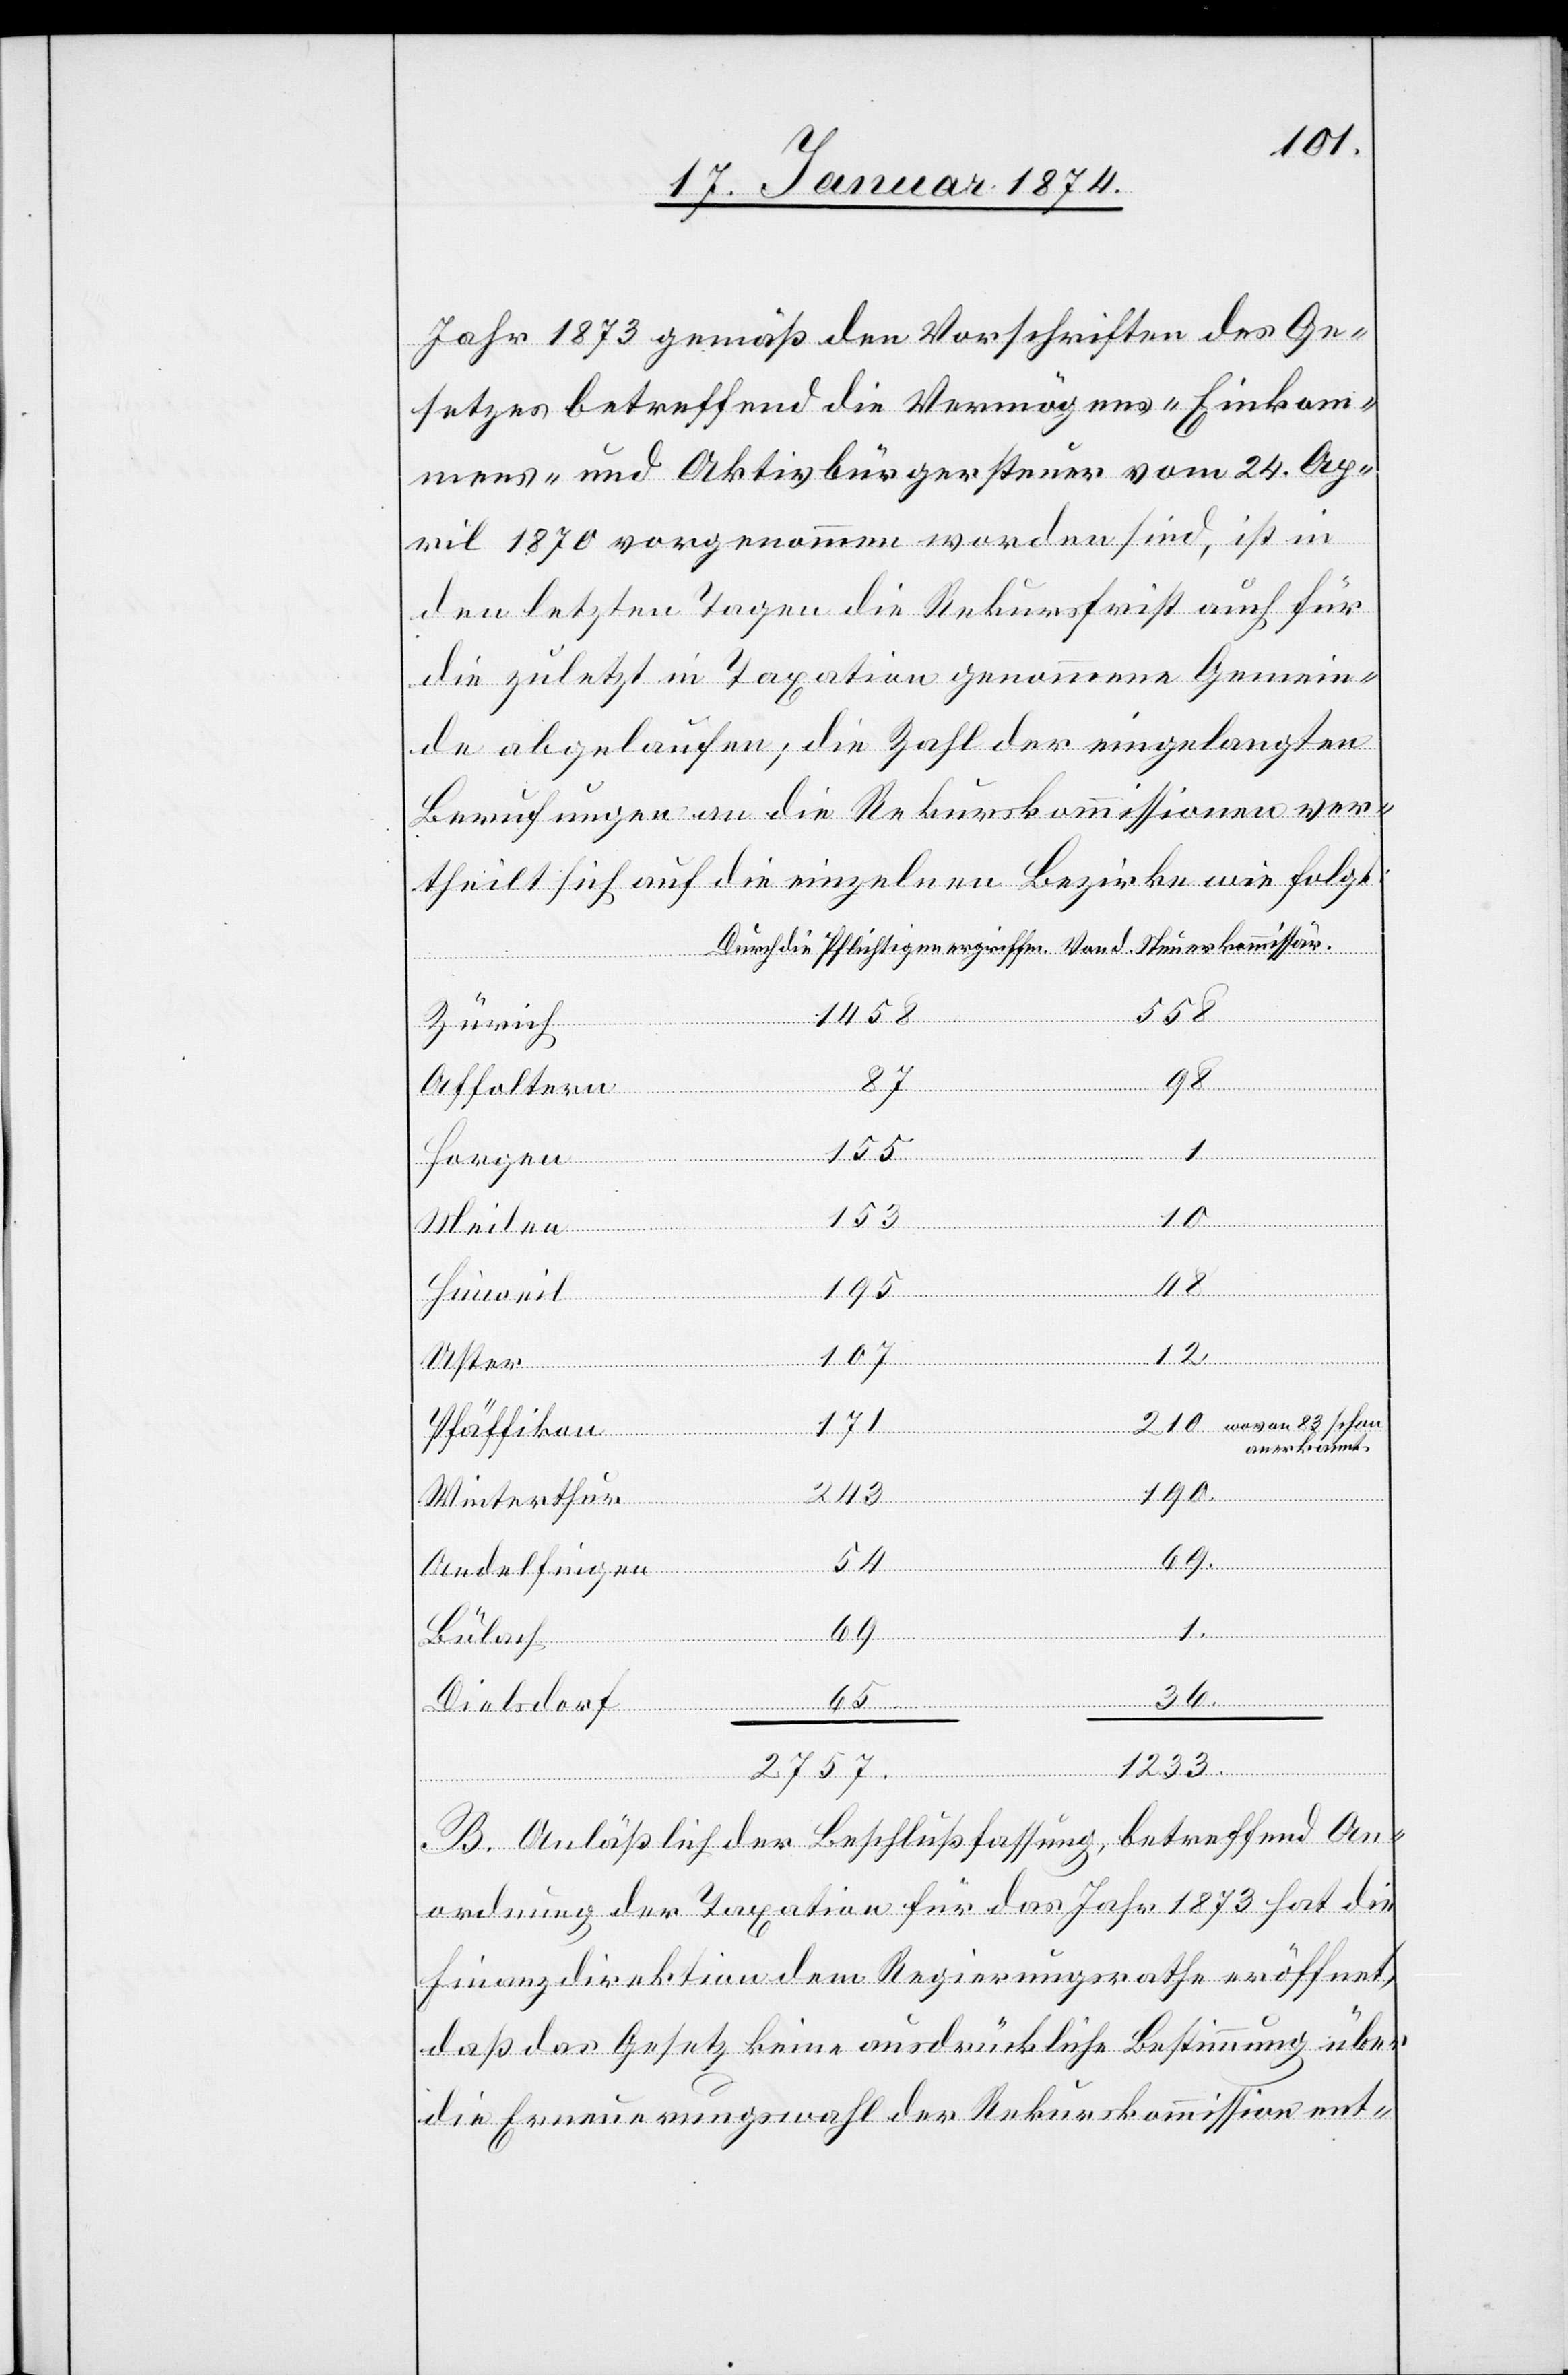
Jahr 1873 gemäß den Vorschriften des Ge¬
setzes betreffend die Vermögens- Einkom¬
mens- und Aktivbürgersteuer vom 24. Ap¬
ril 1870 vorgenommen worden sind, ist in
den letzten Tagen die Rekursfrist auch für
die zuletzt in Taxation genommene Gemein¬
de abgelaufen, die Zahl der eingelangten
Berufungen an die Rekurskommissionen ver¬
theilt sich auf die einzelnen Bezirke wie folgt:
2757.
1458
Zürich
Von
Affoltern
kommis¬
Meilen
48
Horgen
171
Hinweil
d. Steuer¬
die Pflichtigen
Uster
210 wovon 83 schon
Pfäffikon
anerkannt.
243
190
366
Winterthur
Andelfingen
69
Bülach
Dielsdorf
1233.
B. Anläßlich der Beschlußfassung, betreffend An¬
ordnung der Taxation für das Jahr 1873 hat die
Finanzdirektion dem Regierungsrath eröffnet,
daß das Gesetz keine ausdrückliche Bestimmung über
die Ernennungswahl der Rekurskommission ent-